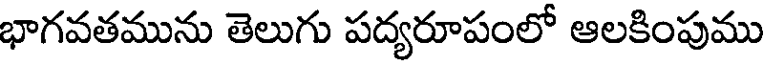
భాగవతమును తెలుగు పద్యరూపంలో ఆలకింపుము